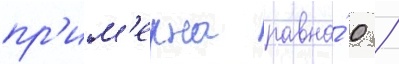
пр'им'ерна равна́ 0 /